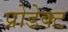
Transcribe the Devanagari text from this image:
प्रोडेक्ट